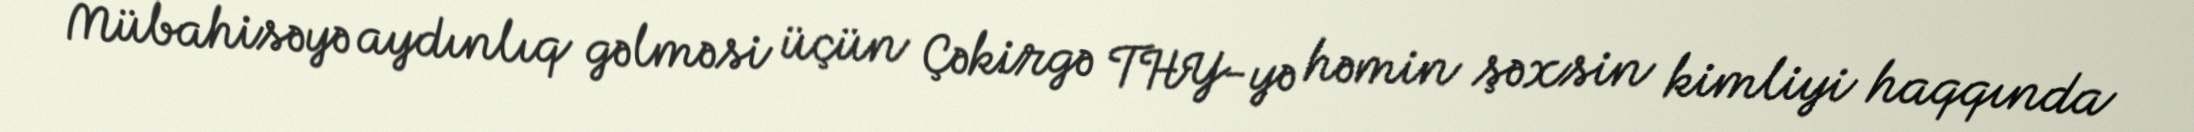
Mübahisəyə aydınlıq gəlməsi üçün Çəkirgə THY-yə həmin şəxsin kimliyi haqqında